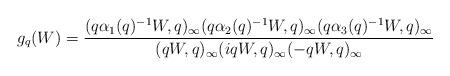
LaTeX: \begin{align*} g_q(W) = \frac{ (q \alpha_1(q)^{-1} W, q)_\infty (q \alpha_2(q)^{-1} W, q)_\infty (q \alpha_3(q)^{-1} W, q)_\infty }{ (qW, q)_\infty (iqW, q)_\infty (-qW, q)_\infty } \end{align*}